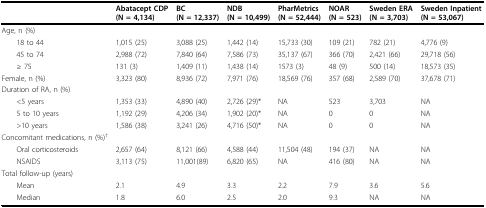
|  | Abatacept CDP(N = 4,134) | BC(N = 12,337) | NDB(N = 10,499) | PharMetrics(N = 52,444) | NOAR(N = 523) | Sweden ERA(N = 3,703) | Sweden Inpatient(N = 53,067) |
 | --- | --- | --- | --- | --- | --- | --- | --- |
 | Age, n (%) |  |  |  |  |  |  |  |
 | 18 to 44 | 1,015 (25) | 3,088 (25) | 1,442 (14) | 15,733 (30) | 109 (21) | 782 (21) | 4,776 (9) |
 | 45 to 74 | 2,988 (72) | 7,840 (64) | 7,586 (73) | 35,137 (67) | 366 (70) | 2,421 (66) | 29,718 (56) |
 | ≥ 75 | 131 (3) | 1,409 (11) | 1,438 (14) | 1573 (3) | 48 (9) | 500 (14) | 18,573 (35) |
 | Female, n (%) | 3,323 (80) | 8,936 (72) | 7,971 (76) | 18,569 (76) | 357 (68) | 2,589 (70) | 37,678 (71) |
 | Duration of RA, n (%) |  |  |  |  |  |  |  |
 | <5 years | 1,353 (33) | 4,890 (40) | 2,726 (29)* | NA | 523 | 3,703 | NA |
 | 5 to 10 years | 1,192 (29) | 4,206 (34) | 1,902 (20)* | NA | 0 | 0 | NA |
 | >10 years | 1,586 (38) | 3,241 (26) | 4,716 (50)* | NA | 0 | 0 | NA |
 | Concomitant medications, n (%)† |  |  |  |  |  |  |  |
 | Oral corticosteroids | 2,657 (64) | 8,121 (66) | 4,588 (44) | 11,504 (48) | 194 (37) | NA | NA |
 | NSAIDS | 3,113 (75) | 11,001(89) | 6,820 (65) | NA | 416 (80) | NA | NA |
 | Total follow-up (years) |  |  |  |  |  |  |  |
 | Mean | 2.1 | 4.9 | 3.3 | 2.2 | 7.9 | 3.6 | 5.6 |
 | Median | 1.8 | 6.0 | 2.5 | 2.0 | 9.3 | NA | NA |